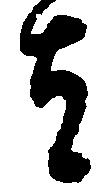
者